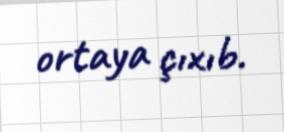
ortaya çıxıb.